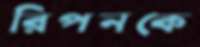
রিপনকে